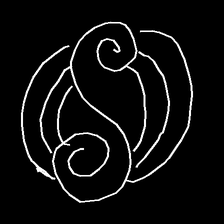
Glyph: wind-underfoot